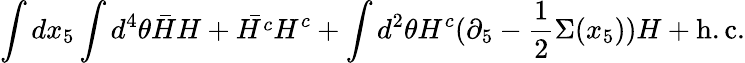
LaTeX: \int dx_{5}\int d^{4}\theta\bar{H}H+\bar{H^{c}}H^{c}+\int d^{2}\theta H^{c}(\partial_{5}-\frac{1}{2}\Sigma(x_{5}))H+\mathrm{h.c.}